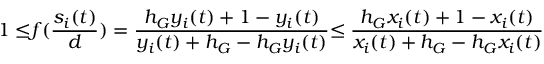
{ 1 \leq } f ( \frac { s _ { i } ( t ) } { d } ) = \frac { h _ { G } y _ { i } ( t ) + 1 - y _ { i } ( t ) } { y _ { i } ( t ) + h _ { G } - h _ { G } y _ { i } ( t ) } { \leq \frac { h _ { G } x _ { i } ( t ) + 1 - x _ { i } ( t ) } { x _ { i } ( t ) + h _ { G } - h _ { G } x _ { i } ( t ) } }